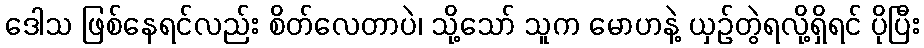
ဒေါသ ဖြစ်နေရင်လည်း စိတ်လေတာပဲ၊ သို့သော် သူက မောဟနဲ့ ယှဉ်တွဲရလို့ရှိရင် ပိုပြီး